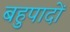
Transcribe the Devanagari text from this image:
बहुपादों